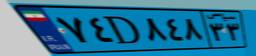
۸۲D۴۳۰۱۳